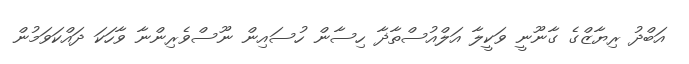
އަބްދު ރިޔާޒްގެ ގާނޫނީ ވަކީލާ އަލްއުސްތާޛާ ހިސާން ހުސައިން ނޫސްވެރިންނާ ވާހަކަ ދައްކަވަމުން